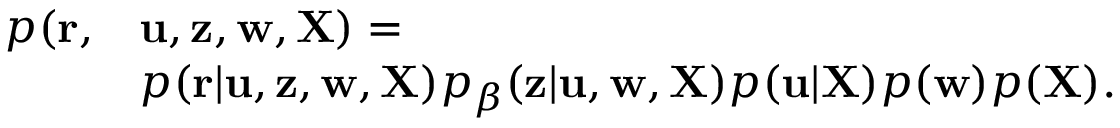
\begin{array} { r l } { p ( { \mathbf r } , } & { { \mathbf u } , { \mathbf z } , { \mathbf w } , { \mathbf X } ) = } \\ & { p ( { \mathbf r } | { \mathbf u } , { \mathbf z } , { \mathbf w } , { \mathbf X } ) p _ { \beta } ( { \mathbf z } | { \mathbf u } , { \mathbf w } , { \mathbf X } ) p ( { \mathbf u } | { \mathbf X } ) p ( { \mathbf w } ) p ( { \mathbf X } ) . } \end{array}